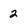
Character: 2